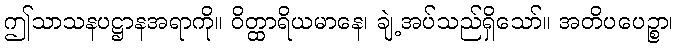
ဤသာသနပဋ္ဌာနအရာကို။ ဝိတ္ထာရိယမာနေ၊ ချဲ့အပ်သည်ရှိသော်။ အတိပပေဉ္စာ၊